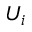
U _ { i }